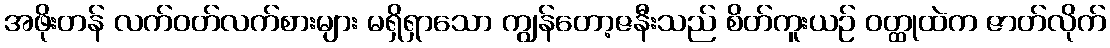
အဖိုးတန် လက်ဝတ်လက်စားများ မရှိရှာသော ကျွန်တော့ဇနီးသည် စိတ်ကူးယဉ် ဝတ္ထုထဲက ဇာတ်လိုက်